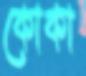
কোকা